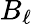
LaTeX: B_{\ell}